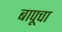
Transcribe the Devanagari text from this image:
बापूचा